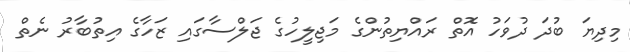
މިދިޔަ ބުދަ ދުވަހު އޮތް ރައްޔިތުންގެ މަޖިލީހުގެ ޖަލްސާގައި ޒަހާގެ އިތުބާރު ނެތް